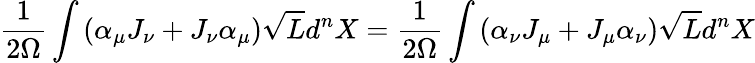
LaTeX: \frac{1}{2\Omega}\int\left(\alpha_{\mu}J_{\nu}+J_{\nu}\alpha_{\mu}\right)\sqrt{L}d^{n}X=\frac{1}{2\Omega}\int\left(\alpha_{\nu}J_{\mu}+J_{\mu}\alpha_{\nu}\right)\sqrt{L}d^{n}X